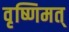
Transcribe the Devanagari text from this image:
वृष्णिमत्